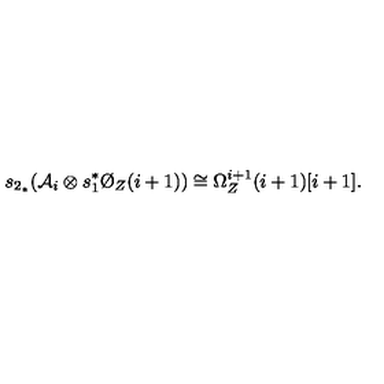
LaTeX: s _ { 2 _ { * } } ( { \cal A } _ { i } \otimes s _ { 1 } ^ { * } \O _ { Z } ( i + 1 ) ) \cong \Omega _ { Z } ^ { i + 1 } ( i + 1 ) [ i + 1 ] .